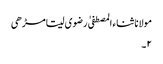
مولانا ثناء المصطفیٰ رضوی سیتامڑھی
۲۔